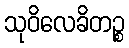
သုဝိလေခိတဉ္စ